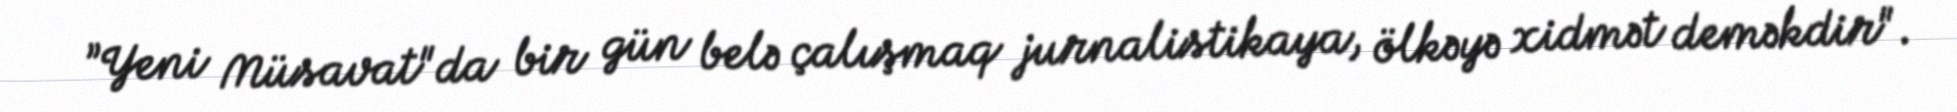
”Yeni Müsavat"da bir gün belə çalışmaq jurnalistikaya, ölkəyə xidmət deməkdir".